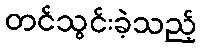
တင်သွင်းခဲ့သည့်